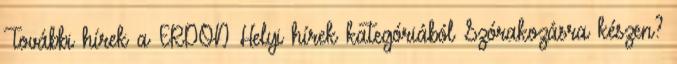
További hírek a ERDON Helyi hírek kategóriából Szórakozásra készen?